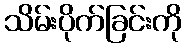
သိမ်းပိုက်ခြင်းကို